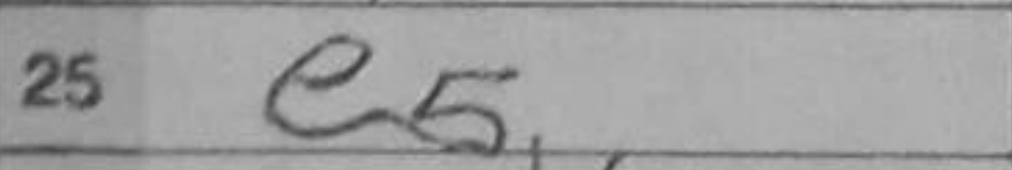
Transcription: e5